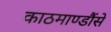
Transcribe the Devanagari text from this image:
काठमाण्डौंसे